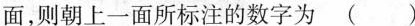
面，则朝上一面所标注的数字为 ()